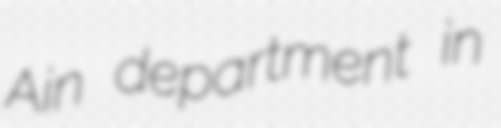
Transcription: Ain department in